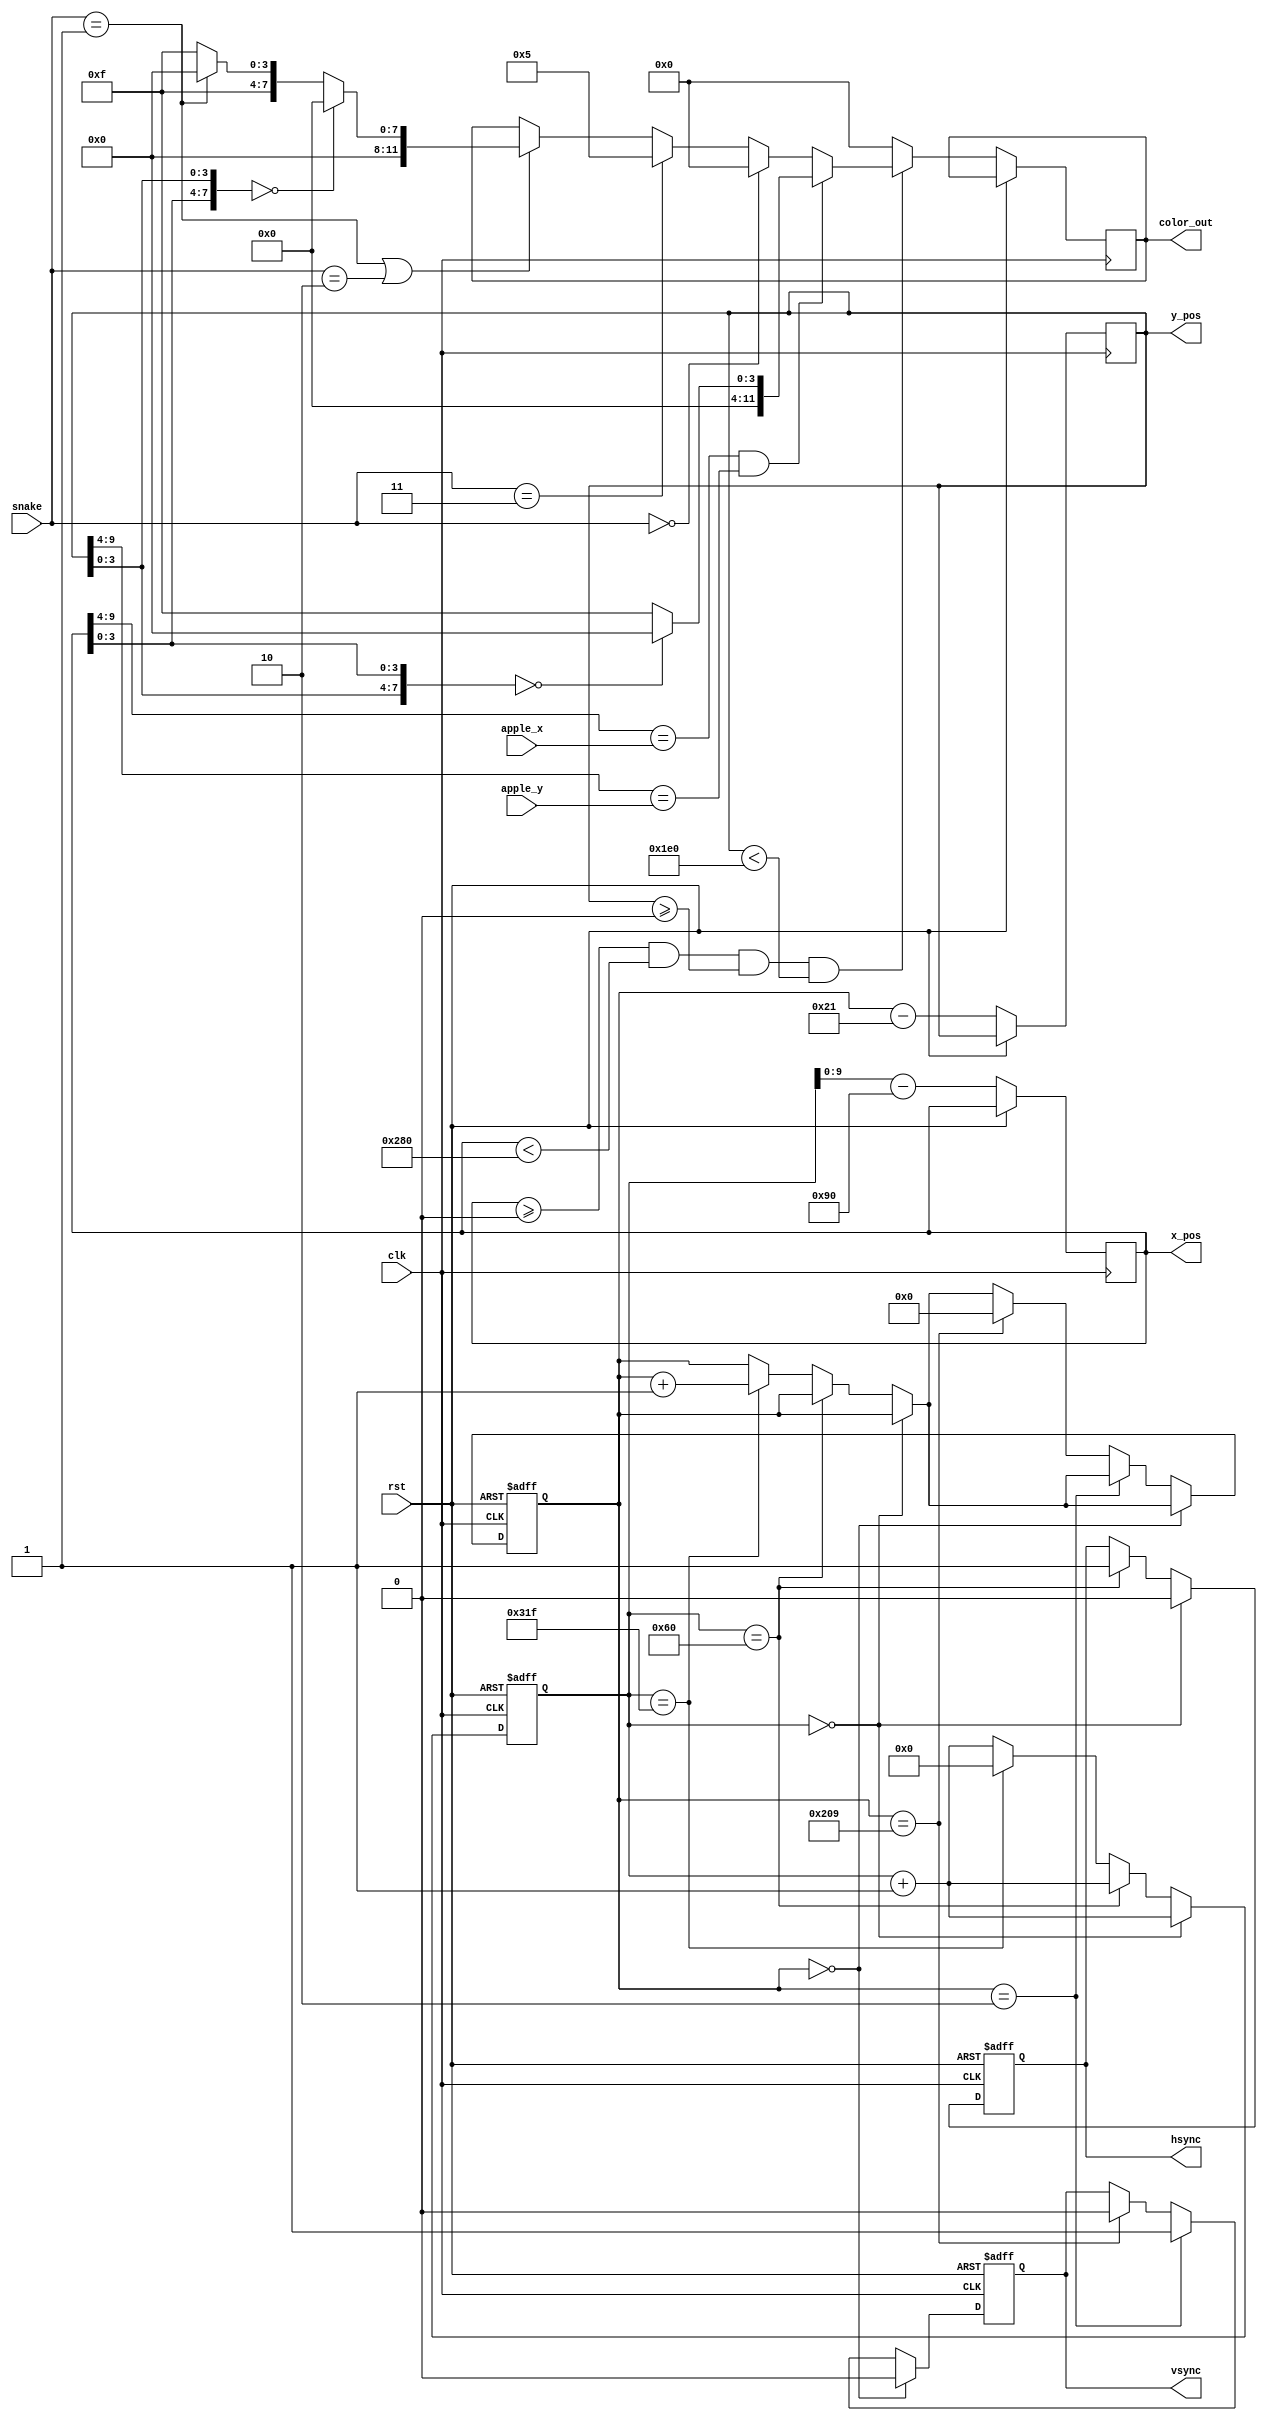
module VGA_Control
(
	input clk,
	input rst,
	
	input [7:0]snake,
	input [7:0]apple_x,
	input [7:0]apple_y,
	output reg[9:0]x_pos,
	output reg[9:0]y_pos,	
	output reg hsync,
	output reg vsync,
	output reg [11:0] color_out
);

	reg [19:0]clk_cnt;
	reg [9:0]line_cnt;
	reg clk_25M;
	
	localparam NONE = 7'b0000_000;
	localparam HEAD = 7'b0000_001;
	localparam BODY = 7'b0000_010;
	localparam WALL = 7'b0000_011;
	
	localparam HEAD_COLOR = 12'b0000_1111_0000;
	localparam BODY_COLOR = 12'b0000_1111_1111;
	
	
	reg [3:0]lox;
	reg [3:0]loy;
		
	always@(posedge clk or posedge rst) begin
		if(rst) begin
			clk_cnt <= 0;
			line_cnt <= 0;
			hsync <= 1;
			vsync <= 1;
		end
		else begin
		    x_pos <= clk_cnt - 144;
			y_pos <= line_cnt - 33;	
			if(clk_cnt == 0) begin
			    hsync <= 0;
				clk_cnt <= clk_cnt + 1;
            end
			else if(clk_cnt == 96) begin
				hsync <= 1;
				clk_cnt <= clk_cnt + 1;
            end
			else if(clk_cnt == 799) begin
				clk_cnt <= 0;
				line_cnt <= line_cnt + 1;
			end
			else clk_cnt <= clk_cnt + 1;
			if(line_cnt == 0) begin
				vsync <= 0;
            end
			else if(line_cnt == 2) begin
				vsync <= 1;
			end
			else if(line_cnt == 521) begin
				line_cnt <= 0;
				vsync <= 0;
			end
			
			if(x_pos >= 0 && x_pos < 640 && y_pos >= 0 && y_pos < 480) begin
			    lox = x_pos[3:0];
				loy = y_pos[3:0];						
				if(x_pos[9:4] == apple_x && y_pos[9:4] == apple_y)
					case({loy,lox})
						8'b0000_0000:color_out = 12'b0000_0000_0000;
						default:color_out = 12'b0000_0000_1111;
					endcase						
				else if(snake == NONE)
					color_out = 12'b0000_0000_0000;
				else if(snake == WALL)
					color_out = 3'b101;
				else if(snake == HEAD|snake == BODY) begin   //
					case({lox,loy})
						8'b0000_0000:color_out = 12'b0000_0000_0000;
						default:color_out = (snake == HEAD) ?  HEAD_COLOR : BODY_COLOR;
					endcase
				end
			end
		    else
			    color_out = 12'b0000_0000_0000;
		end
    end
endmodule